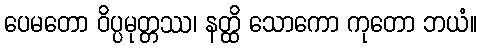
ပေမတော ဝိပ္ပမုတ္တဿ၊ နတ္ထိ သောကော ကုတော ဘယံ။